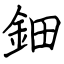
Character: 鈿